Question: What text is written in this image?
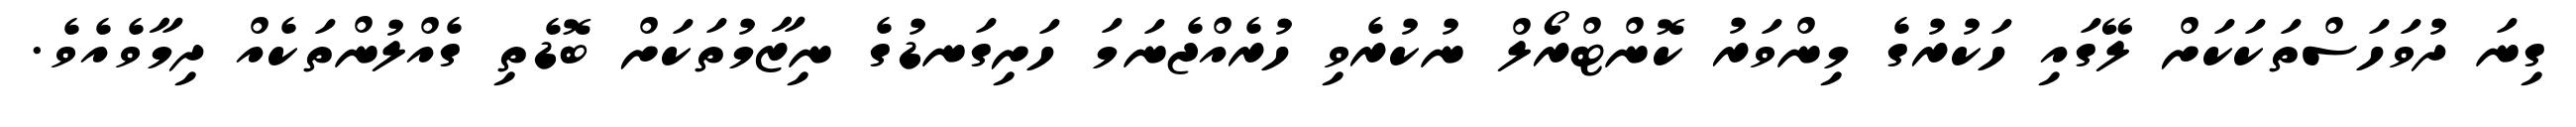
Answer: ގިނަ ދުވަހަސްތަކަކަށް ލޭގައި ހަކުރުގެ މިންވަރު ކޮންޓްރޯލް ނުކުރެވި ހުރެއްޖެނަމަ ހަށިގަނޑުގެ ނިޒާމުތަކަށް ބޮޑެތި ގެއްލުންތަކެއް ދިމާވެއެވެ.